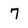
Character: 7